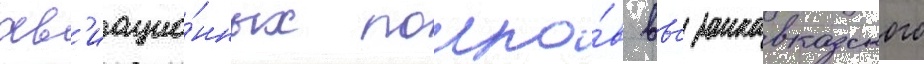
ав'иацио́нных полко́в ввс закавказского